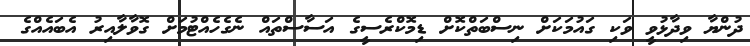
ދުންޔާ ވިދާޅުވީ ވަކި ގައުމަކަށް ނިސްބަތްކޮށް ޑިމޮކްރެސީގެ އަސާސްތައް ނެގެހެއްޓުމަށް ގޮވާލާއިރު އެބައެއްގެ